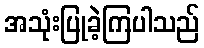
အသုံးပြုခဲ့ကြပါသည်